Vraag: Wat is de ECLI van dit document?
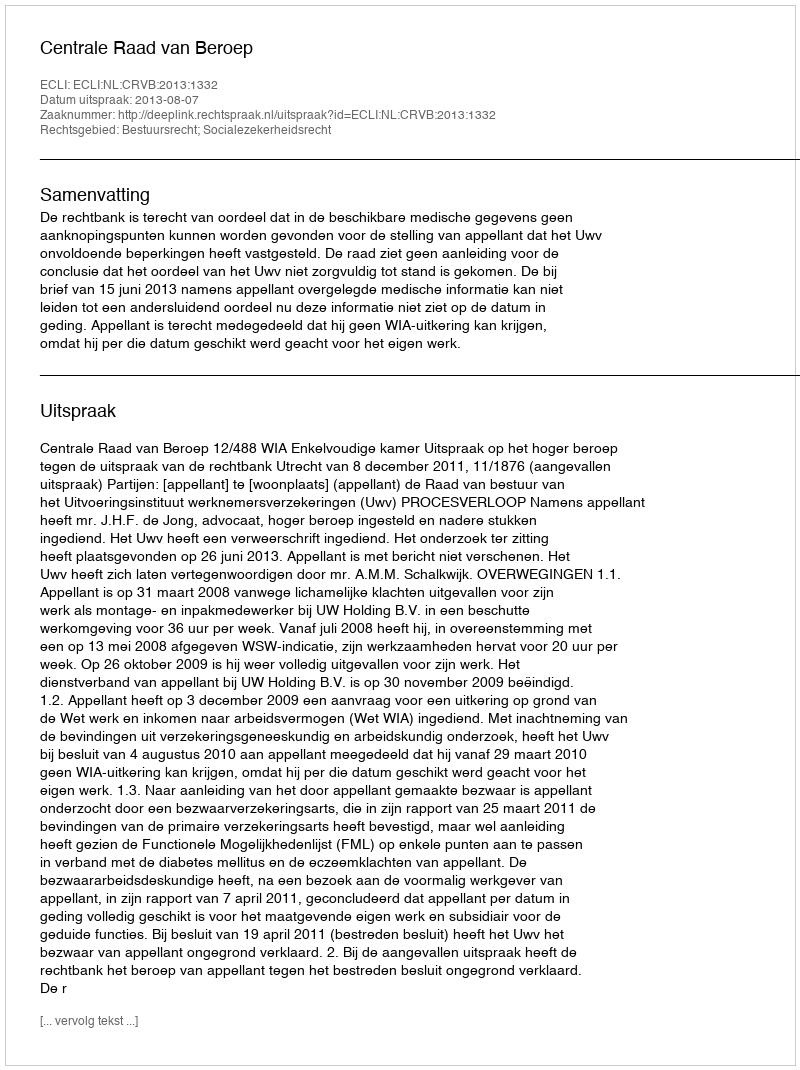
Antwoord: ECLI:NL:CRVB:2013:1332